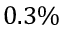
0 . 3 \%